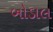
બોડાલ